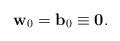
LaTeX: \begin{align*}\begin{aligned}\mathbf{w}_0=\mathbf{b}_0\equiv\mathbf{0}.\end{aligned}\end{align*}